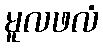
မူလဖလံ